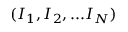
( I _ { 1 } , I _ { 2 } , . . . I _ { N } )